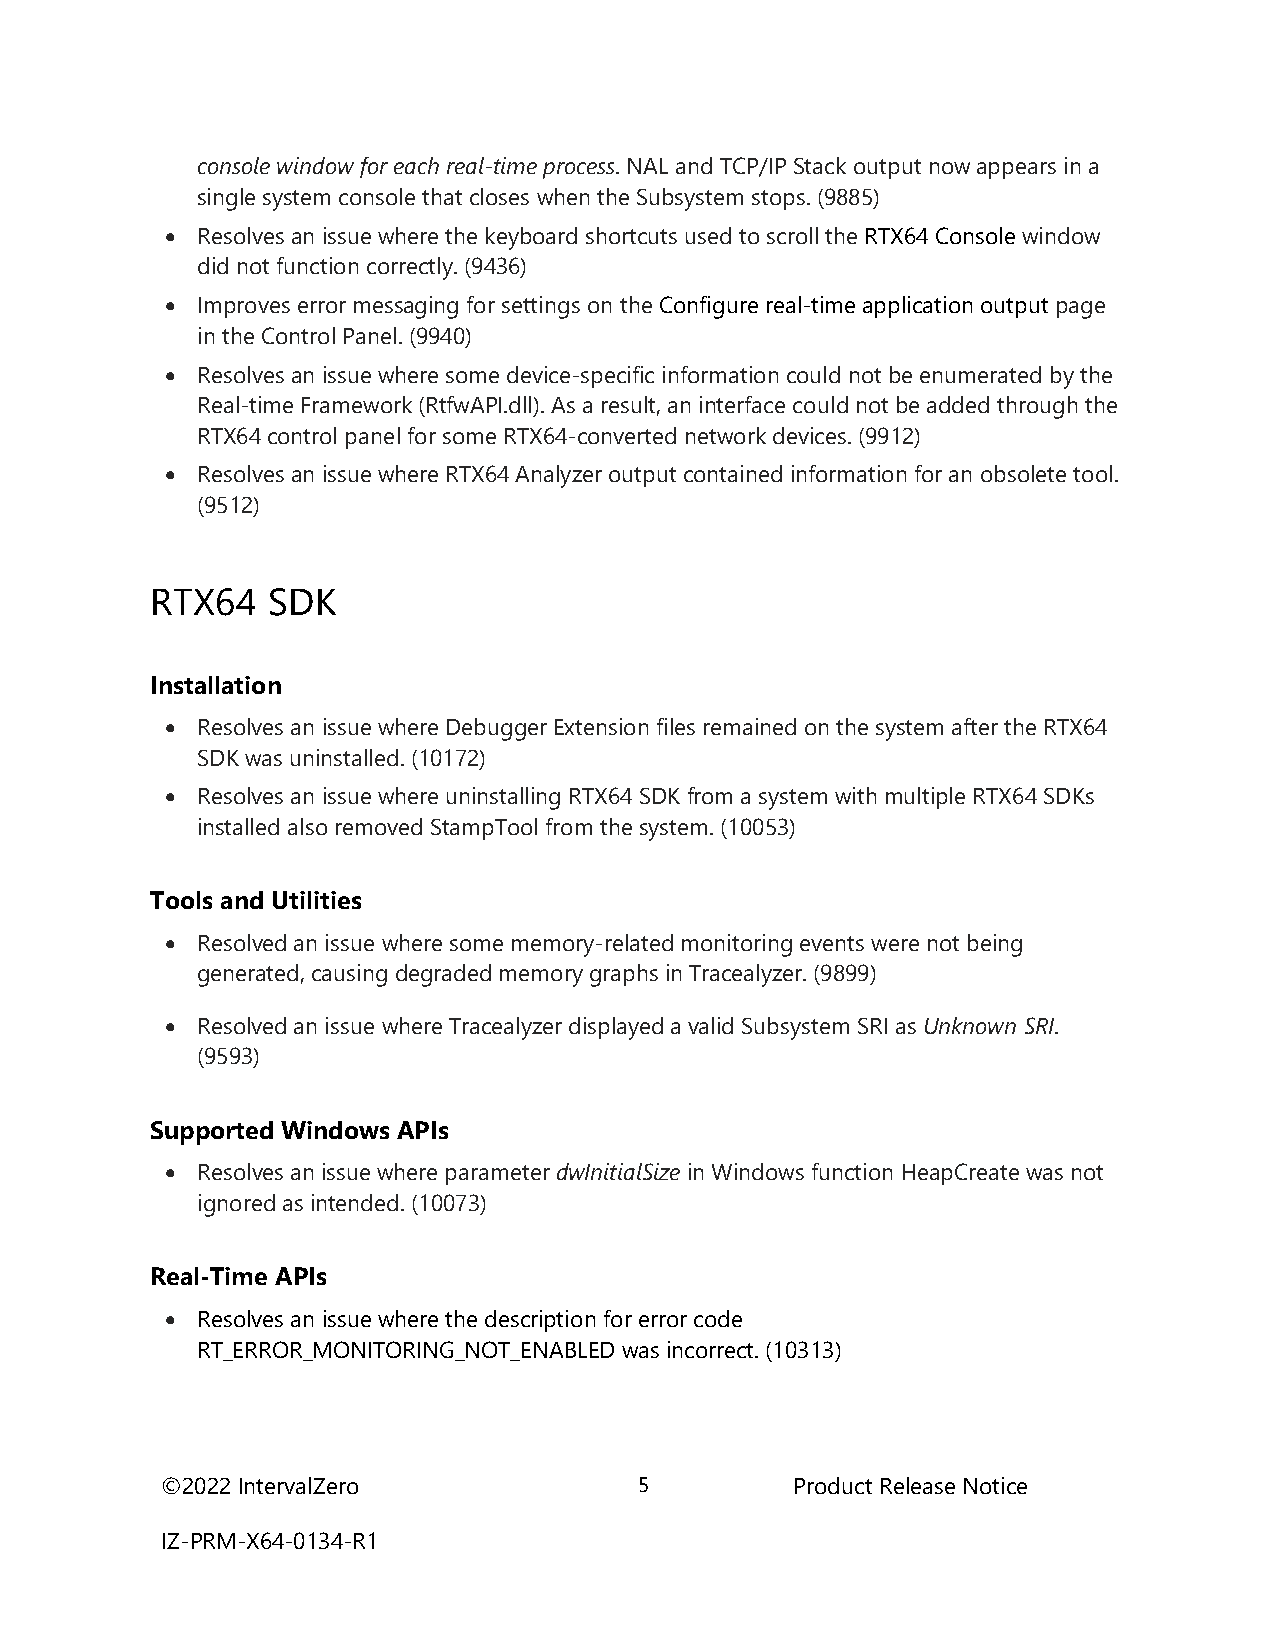
console window for each real-time process. NAL and TCP/IP Stack output now appears in a
 single system console that closes when the Subsystem stops. (9885)
  Resolves an issue where the keyboard shortcuts used to scroll the RTX64 Console window
 did not function correctly. (9436)
  Improves error messaging for settings on the Configure real-time application output page
 in the Control Panel. (9940)
  Resolves an issue where some device-specific information could not be enumerated by the
 Real-time Framework (RtfwAPI.dll). As a result, an interface could not be added through the
 RTX64 control panel for some RTX64-converted network devices. (9912)
  Resolves an issue where RTX64 Analyzer output contained information for an obsolete tool.
 (9512)
 RTX64   SDK
 Installation
  Resolves an issue where Debugger Extension files remained on the system after the RTX64
 SDK was uninstalled. (10172)
  Resolves an issue where uninstalling RTX64 SDK from a system with multiple RTX64 SDKs
 installed also removed StampTool from the system. (10053)
 Tools and Utilities
  Resolved an issue where some memory-related monitoring events were not being
 generated, causing degraded memory graphs in Tracealyzer. (9899)
  Resolved an issue where Tracealyzer displayed a valid Subsystem SRI as Unknown SRI.
 (9593)
 Supported Windows APIs
  Resolves an issue where parameter dwInitialSize in Windows function HeapCreate was not
 ignored as intended. (10073)
 Real-Time APIs
  Resolves an issue where the description for error code
 RT_ERROR_MONITORING_NOT_ENABLED was incorrect. (10313)
 ©2022 IntervalZero             5          Product Release Notice
 IZ-PRM-X64-0134-R1